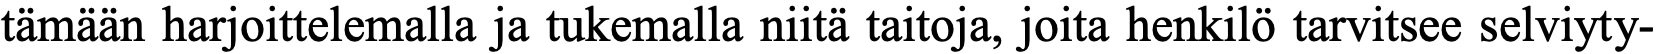
tämään harjoittelemalla ja tukemalla niitä taitoja, joita henkilö tarvitsee selviyty-